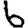
Digit: 6